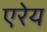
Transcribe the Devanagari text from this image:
एरेय